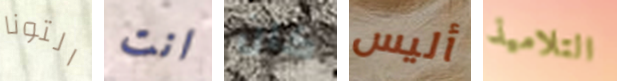
التونا انت كان أليس التلاميذ